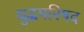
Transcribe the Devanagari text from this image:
युद्धपरिषद